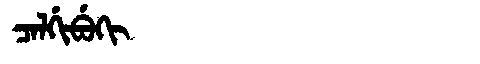
Manchu: ᠴᠠᠯᡤᡳᠪᡠᡴᡳ
Romanization: CALGIBUKI